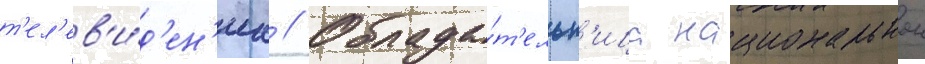
т'ел'ев'и́д'ен'иа // Облада́т'ельн'ица национальнои